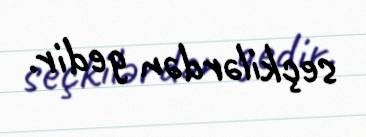
seçkilərdən gedir.